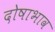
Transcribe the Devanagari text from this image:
दोषाभाव